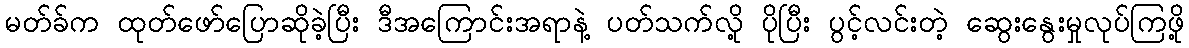
မတ်ခ်က ထုတ်ဖော်ပြောဆိုခဲ့ပြီး ဒီအကြောင်းအရာနဲ့ ပတ်သက်လို့ ပိုပြီး ပွင့်လင်းတဲ့ ဆွေးနွေးမှုလုပ်ကြဖို့